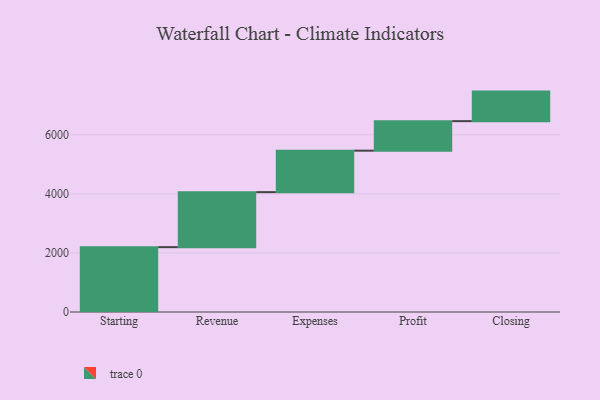
{"axis": {"x": "Step", "y": "Value"}, "legend": [""], "data": [{"x": "Starting", "y": 2196.0, "type": ""}, {"x": "Revenue", "y": 1862.0, "type": ""}, {"x": "Expenses", "y": 1404.0, "type": ""}, {"x": "Profit", "y": 1000, "type": ""}, {"x": "Closing", "y": 1000, "type": ""}]}